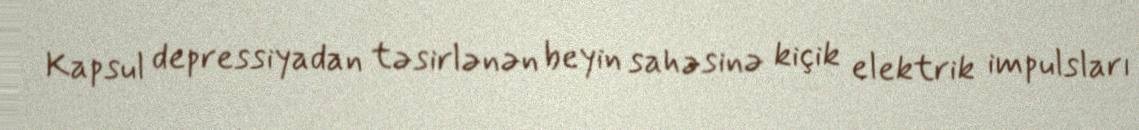
Kapsul depressiyadan təsirlənən beyin sahəsinə kiçik elektrik impulsları